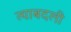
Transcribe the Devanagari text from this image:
त्याबदली